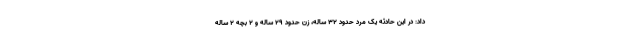
داد: در این حادثه یک مرد حدود ۳۲ ساله، زن حدود ۲۹ ساله و ۲ بچه ۲ ساله